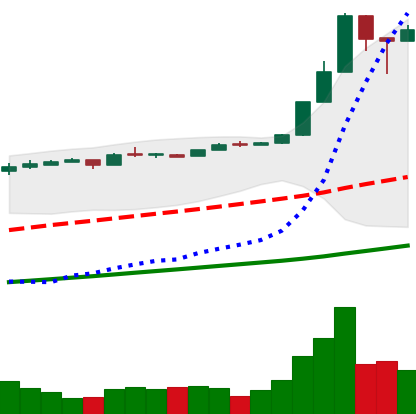
Ticker: BTC-USD
Chart end date: 2016-12-26
Forward return: 6.185%
Label: up_5_7